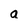
Character: a